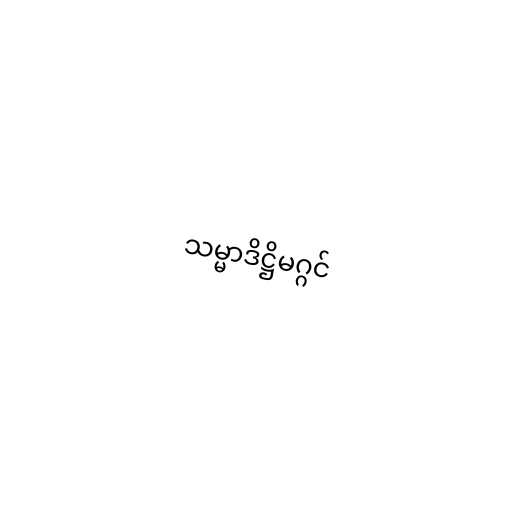
သမ္မာဒိဋ္ဌိမဂ္ဂင်